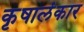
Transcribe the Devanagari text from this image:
कृषालंकार